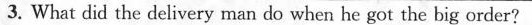
3. What did the delivery man do when he got the big order?